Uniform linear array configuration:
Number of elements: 12
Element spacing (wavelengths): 0.75
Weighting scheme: kaiser
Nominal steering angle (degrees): -30
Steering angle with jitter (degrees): -31.25
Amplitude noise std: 0.05
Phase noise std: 0.05

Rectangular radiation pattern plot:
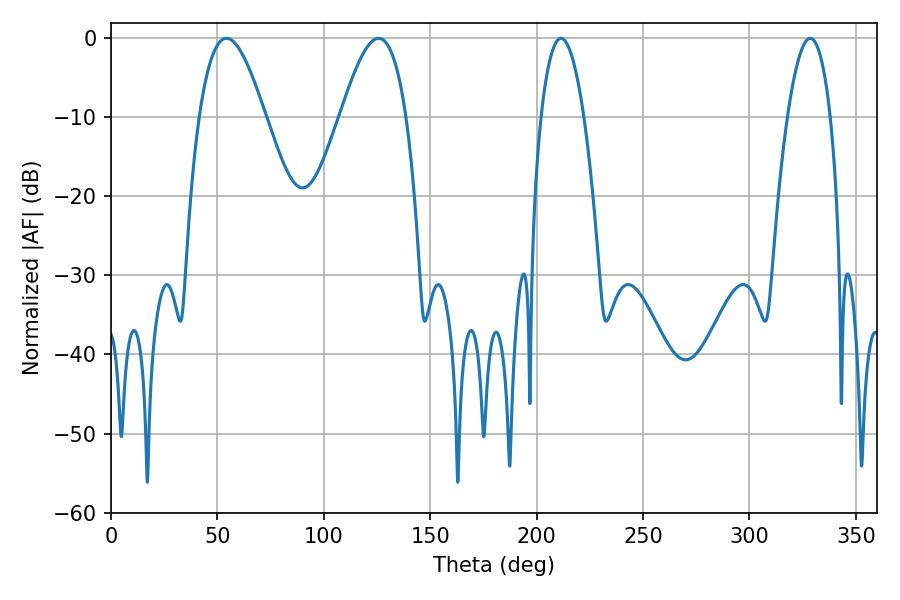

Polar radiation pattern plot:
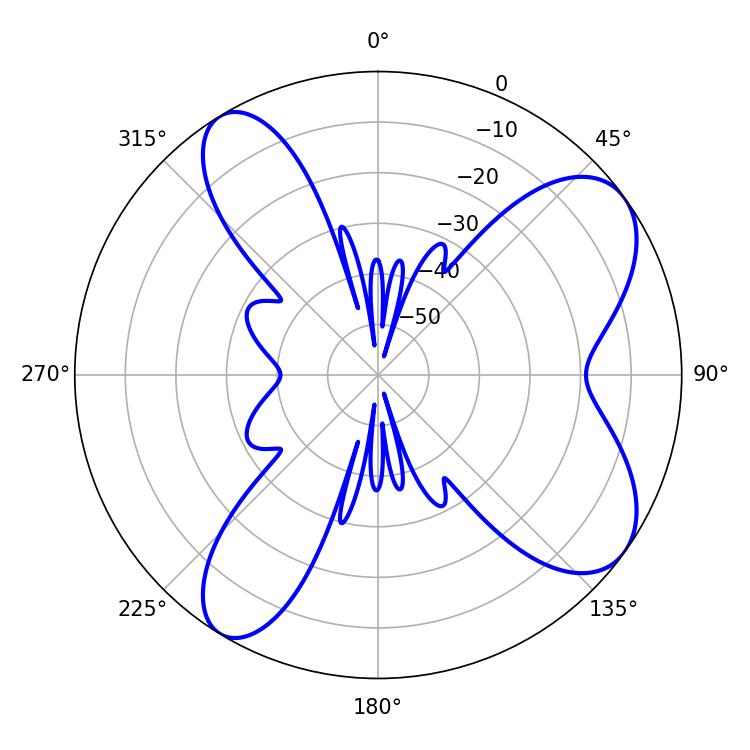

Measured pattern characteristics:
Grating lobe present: TRUE
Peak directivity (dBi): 8.102
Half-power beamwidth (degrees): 16.74
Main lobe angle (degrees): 54.18